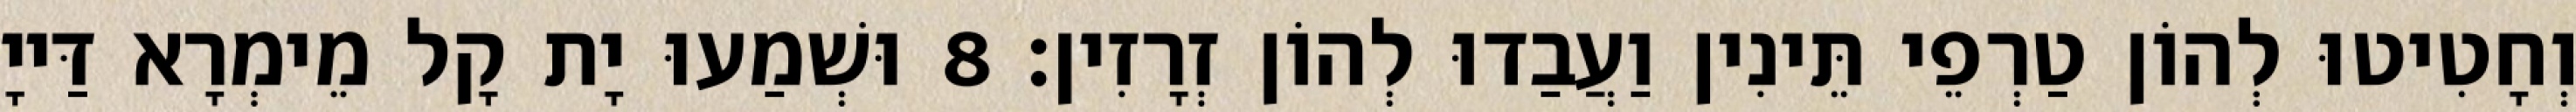
וְחָטִיטוּ לְהוֹן טַרְפֵי תֵּינִין וַעֲבַדוּ לְהוֹן זְרָזִין׃ 8 וּשְׁמַעוּ יָת קָל מֵימְרָא דַּייָ